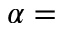
\alpha =